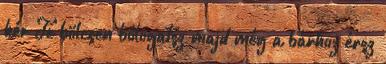
kér Te bölcsen bólogatsz majd még a bárhoz érsz